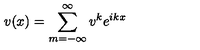
v ( x ) = \sum _ { m = - \infty } ^ { \infty } v ^ { k } e ^ { i k x }